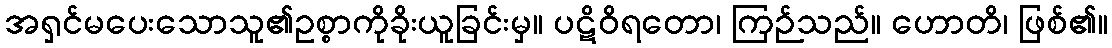
အရှင်မပေးသောသူ၏ဥစ္စာကိုခိုးယူခြင်းမှ။ ပဋိဝိရတော၊ ကြဉ်သည်။ ဟောတိ၊ ဖြစ်၏။